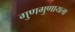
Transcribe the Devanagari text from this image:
गुणगुणायला